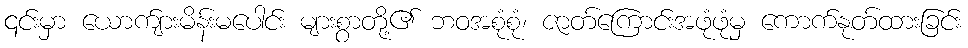
၎င်းမှာ ယောက်ျားမိန်းမပေါင်း များစွာတို့၏ ဘဝအစုံစုံ၊ ဇာတ်ကြောင်းအဖုံဖုံမှ ကောက်နုတ်ထားခြင်း